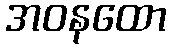
အဝနထော